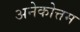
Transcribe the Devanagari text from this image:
अनेकोत्तम